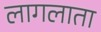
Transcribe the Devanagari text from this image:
लागलाता